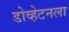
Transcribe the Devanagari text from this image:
डोव्हेटनला